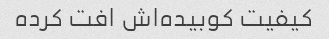
کیفیت کوبیده‌اش افت کرده